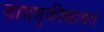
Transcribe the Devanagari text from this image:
वागणुकीबाबत